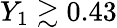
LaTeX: Y_{1}\gtrsim 0.43